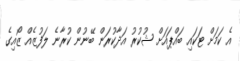
އެ ކަމަށް ޓަކައި ބައްޕައަށް ޝުކުރު އަދާކުރަން ބޭނުން ކުރާނެ ލަފުޒެއް ޒޯއިގެ